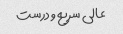
عالی سریع و درست